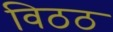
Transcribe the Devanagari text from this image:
विठठ